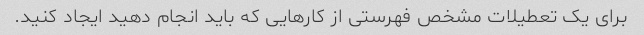
برای یک تعطیلات مشخص فهرستی از کارهایی که باید انجام دهید ایجاد کنید.